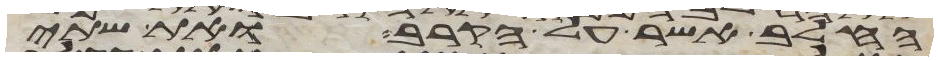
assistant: החלב אשר על הקרב ואת שתי